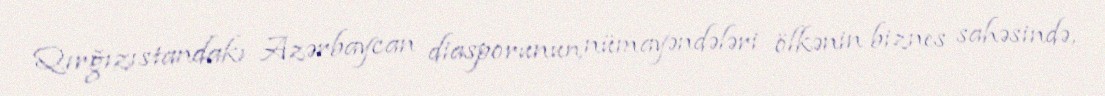
Qırğızıstandakı Azərbaycan diasporunun nümayəndələri ölkənin biznes sahəsində,